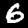
Label: 6